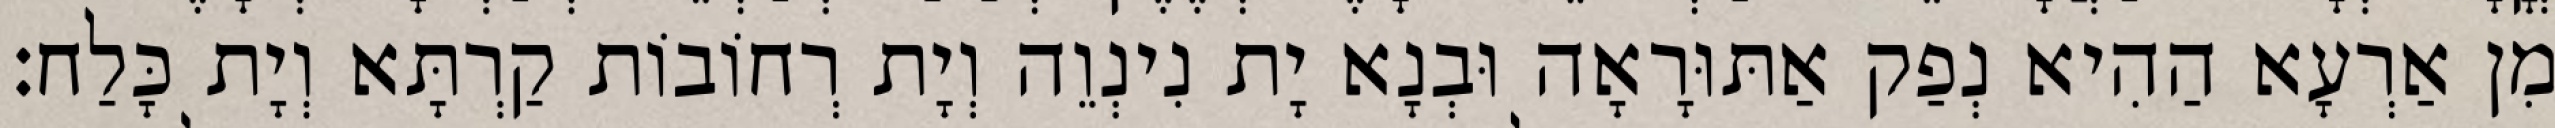
מִן אַרְעָא הַהִיא נְפַק אַתּוּרָאָה וּבְנָא יָת נִינְוֵה וְיָת רְחוֹבוֹת קַרְתָּא וְיָת כָּלַח׃